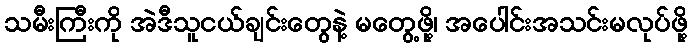
သမီးကြီးကို အဲဒီသူငယ်ချင်းတွေနဲ့ မတွေ့ဖို့၊ အပေါင်းအသင်းမလုပ်ဖို့